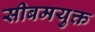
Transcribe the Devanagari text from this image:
सीबमयुक्त